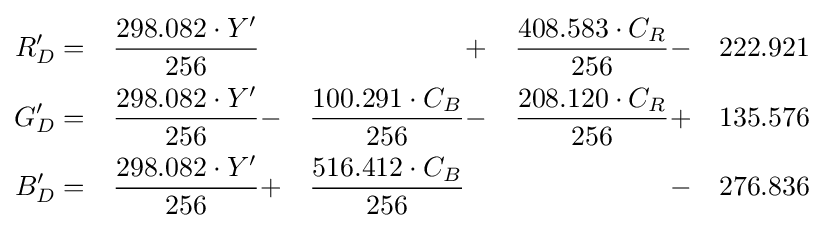
{\begin{aligned}R'_{D}&=&{\frac {298.082\cdot Y'}{256}}&&&+&{\frac {408.583\cdot C_{R}}{256}}&-&222.921\\G'_{D}&=&{\frac {298.082\cdot Y'}{256}}&-&{\frac {100.291\cdot C_{B}}{256}}&-&{\frac {208.120\cdot C_{R}}{256}}&+&135.576\\B'_{D}&=&{\frac {298.082\cdot Y'}{256}}&+&{\frac {516.412\cdot C_{B}}{256}}&&&-&276.836\end{aligned}}